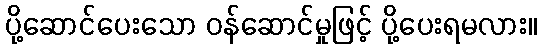
ပို့ဆောင်ပေးသော ဝန်ဆောင်မှုဖြင့် ပို့ပေးရမလား။